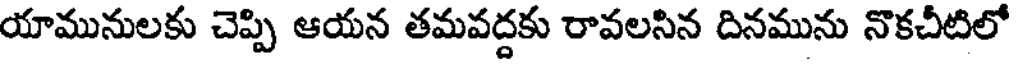
యామునులకు చెప్పి ఆయన తమవద్దకు రావలసిన దినమును నొకచీటిలో